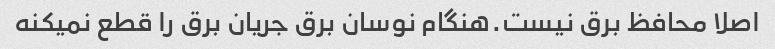
اصلا محافظ برق نیست.هنگام نوسان برق جریان برق را قطع نمیکنه